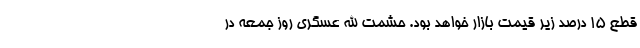
قطع ۱۵ درصد زیر قیمت بازار خواهد بود. حشمت الله عسگری روز جمعه در